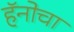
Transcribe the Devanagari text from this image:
हॅनोचा